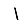
Digit: 1